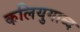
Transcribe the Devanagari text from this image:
कलियुगाब्द